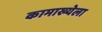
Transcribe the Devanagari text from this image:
कामाख्येला